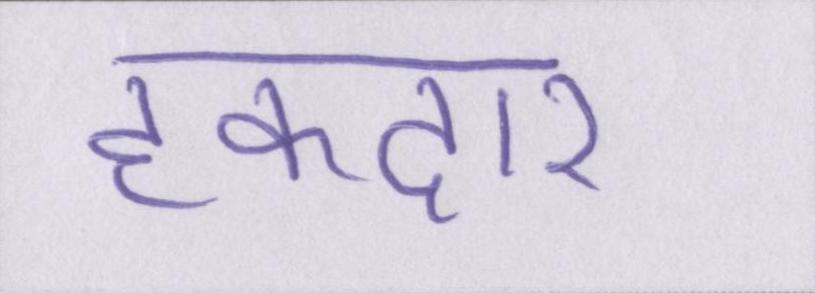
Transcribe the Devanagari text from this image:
हकदार